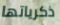
ذكرياتها